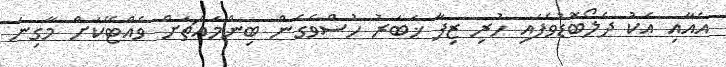
އެއާއި އެކު ދެލޯބޮޑުވެފައި ހުރި ޒިފާ ޚަބަރު ހުސްވެގެން ބިންމައްޗަށް ވެއްޓޭކަށް މާގިނަ